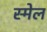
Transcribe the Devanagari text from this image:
स्मेल